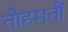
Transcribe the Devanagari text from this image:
तोहमतों